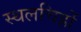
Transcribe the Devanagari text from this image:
स्थलचिह्रों